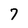
Character: 7